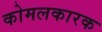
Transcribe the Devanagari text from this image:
कोमलकारक